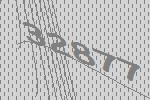
32877